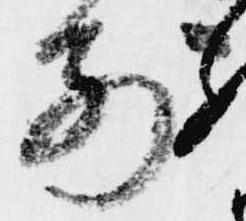
前